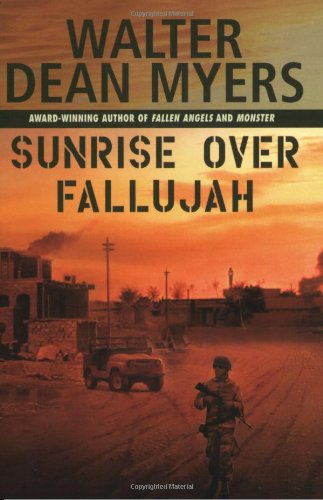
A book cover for Sunrise Over Fallujah; Walter Dean Myers; Teen & Young Adult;